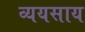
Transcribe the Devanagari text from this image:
व्ययसाय